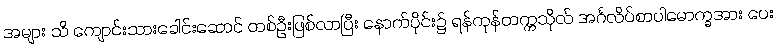
အများ သိ ကျောင်းသားခေါင်းဆောင် တစ်ဦးဖြစ်လာပြီး နောက်ပိုင်း၌ ရန်ကုန်တက္ကသိုလ် အင်္ဂလိပ်စာပါမောက္ခအား ပေး